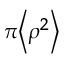
\scriptstyle \pi \left\langle \rho ^ { 2 } \right\rangle